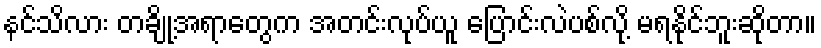
နင်သိလား တချို့အရာတွေက အတင်းလုပ်ယူ ပြောင်းလဲပစ်လို့ မရနိုင်ဘူးဆိုတာ။